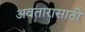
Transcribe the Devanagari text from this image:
अवतारासाठी